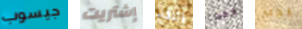
جيسوب إشتريت اللقاء فقط يجب